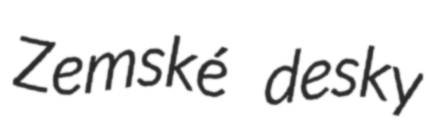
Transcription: Zemské desky